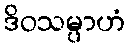
ဒိဝသမ္ပာဟံ